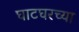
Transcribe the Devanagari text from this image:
घाटघरच्या